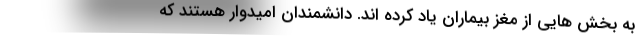
به بخش هایی از مغز بیماران یاد کرده اند. دانشمندان امیدوار هستند که